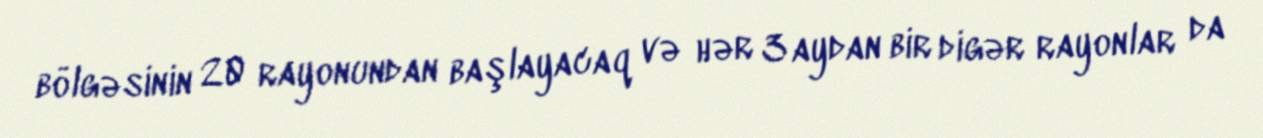
bölgəsinin 20 rayonundan başlayacaq və hər 3 aydan bir digər rayonlar da